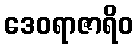
ဒေဝရာဇာရိဝ